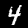
Digit: 4